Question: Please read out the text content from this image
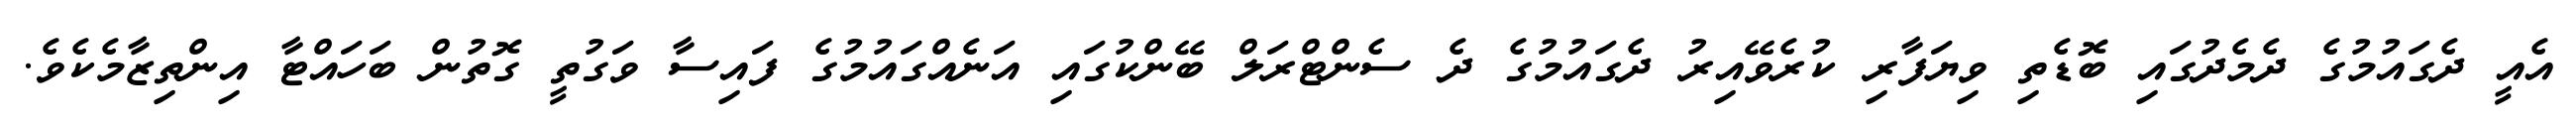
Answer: އެއީ ދެގައުމުގެ ދެމެދުގައި ބޮޑެތި ވިޔަފާރި ކުރެވޭއިރު ދެގައުމުގެ ދެ ސެންޓްރަލް ބޭންކުގައި އަނެއްގައުމުގެ ފައިސާ ވަގުތީ ގޮތުން ބަހައްޓާ އިންތިޒާމެކެވެ.